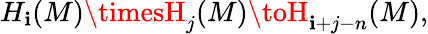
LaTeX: H_{\mathbf{i}}(M)\timesH_{j}(M)\toH_{\mathbf{i}+j-n}(M),